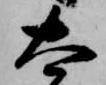
太